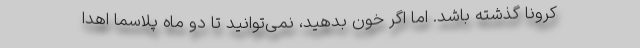
کرونا گذشته باشد. اما اگر خون بدهید، نمی‌توانید تا دو ماه پلاسما اهدا